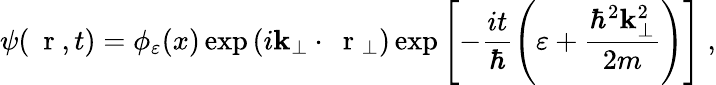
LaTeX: \psi(\mathrm{~\mathbf~r~},t)=\phi_{\varepsilon}(x)\exp\left(i{\mathbf k}_{\perp}\cdot\mathrm{~\mathbf~r~}_{\perp}\right)\exp\left[-\frac{it}{\hbar}\left(\varepsilon+\frac{\hbar^{2}{\mathbf k}_{\perp}^{2}}{2m}\right)\right]\; ,